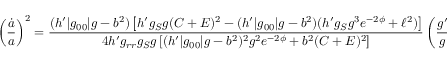
\left( { \frac { \dot { a } } { a } } \right) ^ { 2 } = { \frac { ( h ^ { \prime } | g _ { 0 0 } | g - b ^ { 2 } ) \left[ h ^ { \prime } g _ { S } g ( C + E ) ^ { 2 } - ( h ^ { \prime } | g _ { 0 0 } | g - b ^ { 2 } ) ( h ^ { \prime } g _ { S } g ^ { 3 } e ^ { - 2 \phi } + \ell ^ { 2 } ) \right] } { 4 h ^ { \prime } g _ { r r } g _ { S } g \left[ ( h ^ { \prime } | g _ { 0 0 } | g - b ^ { 2 } ) ^ { 2 } g ^ { 2 } e ^ { - 2 \phi } + b ^ { 2 } ( C + E ) ^ { 2 } \right] } } \left( { \frac { g ^ { \prime } } { g } } \right) ^ { 2 } .